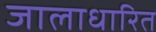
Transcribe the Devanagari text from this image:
जालाधारित